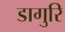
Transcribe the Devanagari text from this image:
डागुरि